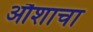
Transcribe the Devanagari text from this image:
औशाचा